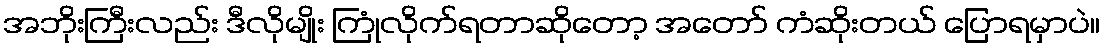
အဘိုးကြီးလည်း ဒီလိုမျိုး ကြုံလိုက်ရတာဆိုတော့ အတော် ကံဆိုးတယ် ပြောရမှာပဲ။